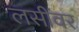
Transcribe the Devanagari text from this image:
लसींवर